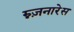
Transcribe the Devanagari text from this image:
म्न्ज़नारेस